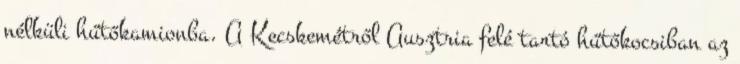
nélküli hűtőkamionba. A Kecskemétről Ausztria felé tartó hűtőkocsiban az